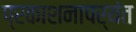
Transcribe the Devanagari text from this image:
प्रकाशनापर्यंत